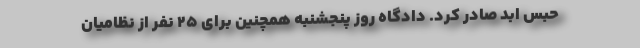
حبس ابد صادر کرد. دادگاه روز پنجشنبه همچنین برای ۲۵ نفر از نظامیان